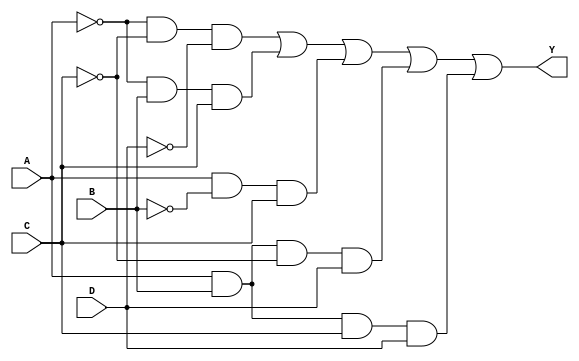
module kmap_4var (
    input wire A,  // Input variable A
    input wire B,  // Input variable B
    input wire C,  // Input variable C
    input wire D,  // Input variable D
    output wire Y  // Output variable Y
);

// Combinational logic implementation based on the simplified expression
assign Y = (~A & ~C & ~D) | (~A & B & C) | (A & ~B & C) | (A & B & ~C & D) | (A & B & C & D);

endmodule